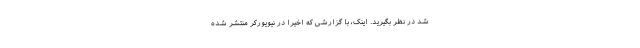
شد در نظر بگیرید. اینک، با گزارشی که اخیراً در نیویورکر منتشر شده